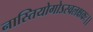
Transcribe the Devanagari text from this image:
नास्तियोगोऽस्वलक्षकः।।